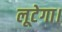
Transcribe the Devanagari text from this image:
लूटेगा।